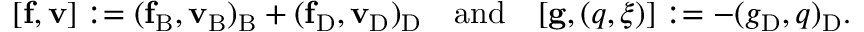
[ \mathbf { f } , { \mathbf { v } } ] : = ( \mathbf { f } _ { \mathrm { B } } , { \mathbf { v } } _ { \mathrm { B } } ) _ { \mathrm { B } } + ( \mathbf { f } _ { \mathrm { D } } , { \mathbf { v } } _ { \mathrm { D } } ) _ { \mathrm { D } } { \quad \mathrm { a n d } \quad } [ \mathbf { g } , ( q , \xi ) ] : = - ( g _ { \mathrm { D } } , q ) _ { \mathrm { D } } .